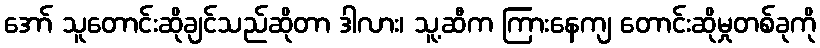
အော် သူတောင်းဆိုချင်သည်ဆိုတာ ဒါလား၊ သူ့ဆီက ကြားနေကျ တောင်းဆိုမှုတစ်ခုကို